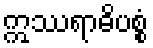
ဣဿရာဓိပစ္စံ